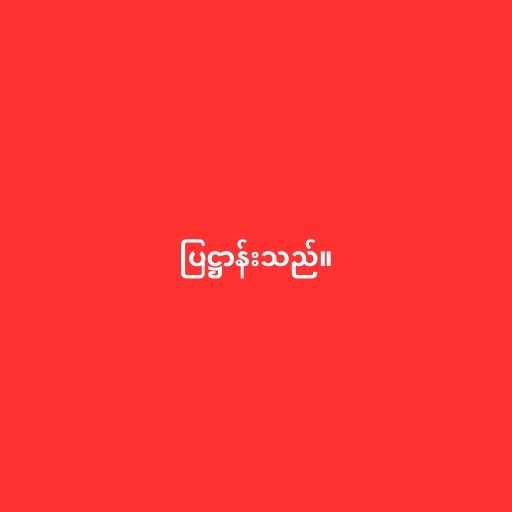
ပြဋ္ဌာန်းသည်။